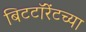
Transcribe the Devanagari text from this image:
बिटटॉरेंटच्या